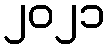
၂၀၂၁